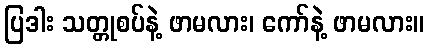
ပြဒါး သတ္တုစပ်နဲ့ ဖာမလား၊ ကော်နဲ့ ဖာမလား။